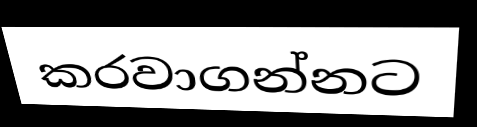
කරවාගන්නට